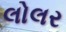
લોલર